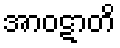
အာဝဋာတိ